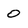
Character: 0